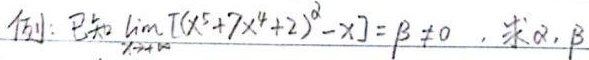
例：已知 $\lim_{x \to +\infty}[(x^{5}+7x^{4}+2)^{\alpha}-x]=\beta\neq 0$，求 $\alpha,\beta$ 。